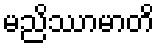
မညိဿာမာတိ